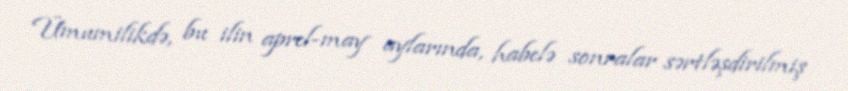
Ümumilikdə, bu ilin aprel-may aylarında, habelə sonralar sərtləşdirilmiş